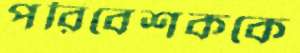
পরিবেশককে